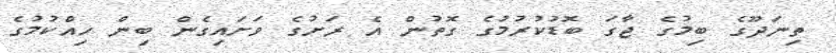
ތިނަދޫގެ ބިމުގެ ޖާގަ ބޮޑުކުރުމުގެ ގޮތުން އެ ރަށުގެ ވަށައިގެން ބިން ހިއްކުމުގެ